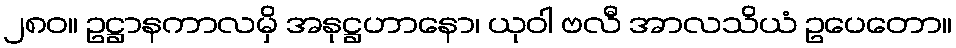
၂၈၀။ ဥဋ္ဌာနကာလမှိ အနုဋ္ဌဟာနော၊ ယုဝါ ဗလီ အာလသိယံ ဥပေတော။